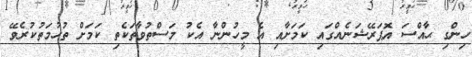
ހިންގި ޙާއްސަ އޮޕަރޭޝަނެއްގައި ކަމަށާއި އެ މީހުންނާ އެކު މަސްތުވާތަކެތި ކަމަށް ތުހުމަތުކުރެވޭ